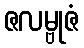
ဇလမ္ဗုဇံ